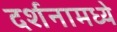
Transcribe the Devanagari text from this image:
दर्शनामध्ये